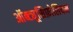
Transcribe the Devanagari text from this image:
ऑब्ट्यूसिफ़ोलियम